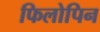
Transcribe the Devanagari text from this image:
फिलोपिन